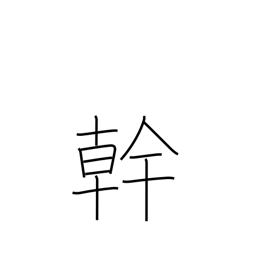
Meaning: talent